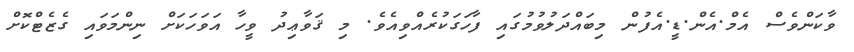
ވާކަންވެސް އެމް.އެން.ޑީ.އެފުން މިބައްދަލުވުމުގައި ފާހަގަކުރެއްވިއެވެ. މި ޤަވާޢިދު ވީހާ އަވަހަކަށް ނިންމަވައި ގެޒެޓްކޮށް